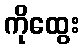
ကိုထွေး